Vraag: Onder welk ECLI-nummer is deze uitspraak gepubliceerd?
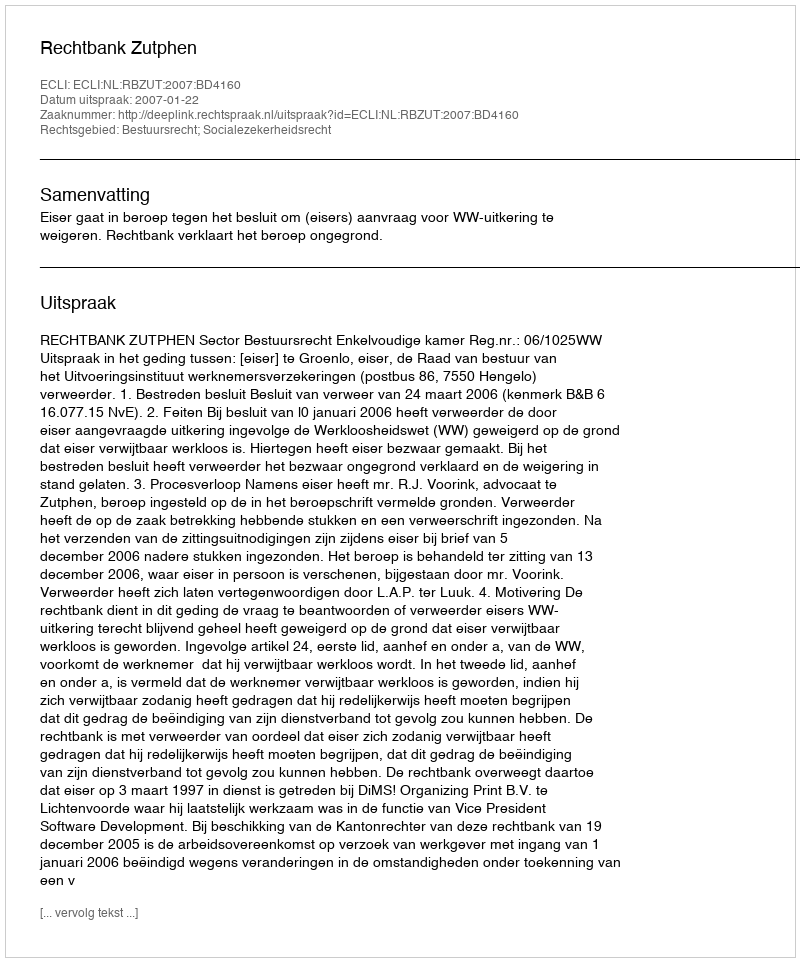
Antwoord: ECLI:NL:RBZUT:2007:BD4160